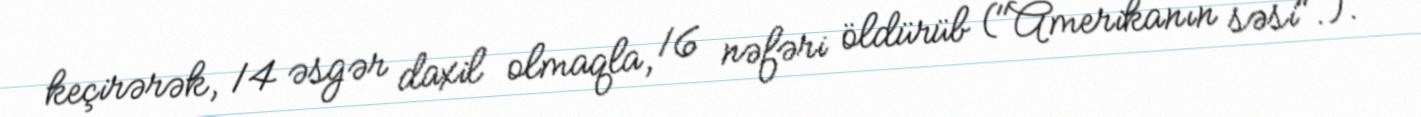
keçirərək, 14 əsgər daxil olmaqla, 16 nəfəri öldürüb ("Amerikanın səsi". ).